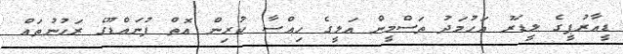
ޑީއާރުޕީގެ ލީޑަރު އަހުމަދު ތަސްމީން އަލީގެ ހިއްސާ ކުރިން އޮތް ފުނައްޑޫގެ ރަހުނުތައް